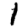
Digit: 1